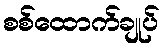
စစ်ထောက်ချုပ်